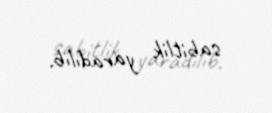
sabitlik yaradılıb.